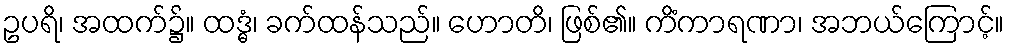
ဥပရိ၊ အထက်၌။ ထဒ္ဓံ၊ ခက်ထန်သည်။ ဟောတိ၊ ဖြစ်၏။ ကိံကာရဏာ၊ အဘယ်ကြောင့်။